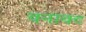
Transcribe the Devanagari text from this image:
वनावट